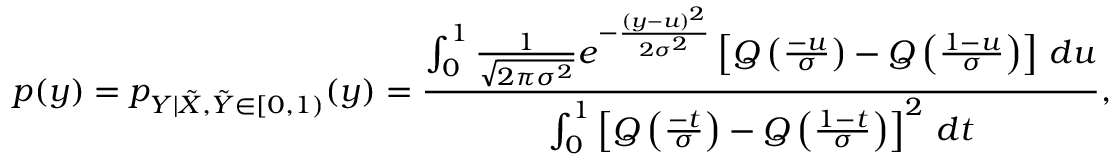
p ( y ) = p _ { Y | \tilde { X } , \tilde { Y } \in [ 0 , 1 ) } ( y ) = \frac { \int _ { 0 } ^ { 1 } \frac { 1 } { \sqrt { 2 \pi \sigma ^ { 2 } } } e ^ { - \frac { ( y - u ) ^ { 2 } } { 2 \sigma ^ { 2 } } } \left[ Q \left( \frac { - u } { \sigma } \right) - Q \left( \frac { 1 - u } { \sigma } \right) \right] \, d u } { \int _ { 0 } ^ { 1 } \left[ Q \left( \frac { - t } { \sigma } \right) - Q \left( \frac { 1 - t } { \sigma } \right) \right] ^ { 2 } \, d t } ,